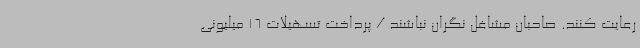
رعایت کنند. صاحبان مشاغل نگران نباشند / پرداخت تسهیلات 16 میلیونی